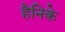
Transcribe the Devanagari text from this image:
हैनिके